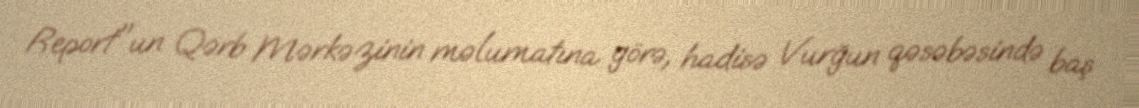
Report"un Qərb Mərkəzinin məlumatına görə, hadisə Vurğun qəsəbəsində baş